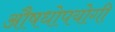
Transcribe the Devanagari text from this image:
औषधोपयोगी